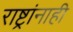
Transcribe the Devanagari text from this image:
राष्ट्रांनाही